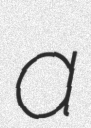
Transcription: a